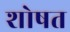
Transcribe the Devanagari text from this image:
शोषत